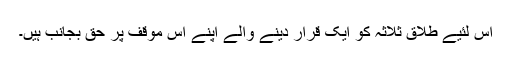
اس لئیے طلاق ثلاثہ کو ایک قرار دینے والے اپنے اس موقف پر حق بجانب ہیں۔